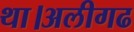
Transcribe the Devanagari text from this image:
था।अलीगढ